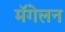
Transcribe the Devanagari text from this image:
मॅगेलन